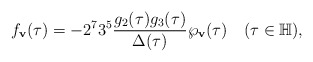
\begin{align*}f_\mathbf{v}(\tau)=-2^73^5\frac{g_2(\tau)g_3(\tau)}{\Delta(\tau)}\wp_\mathbf{v}(\tau)\quad(\tau\in\mathbb{H}),\end{align*}